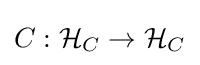
C:{\mathcal {H}}_{C}\to {\mathcal {H}}_{C}